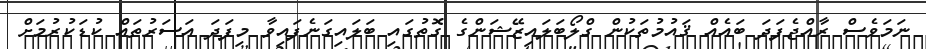
ނަމަވެސް ރާއްޖެފަދަ ބައެއް ޤައުމުތަކުން ގްލޯބަލައިޒޭޝަންގެ ގޮތުގައި ބަލައިގަނެފައިވާ މިފަދަ އަސަރުތައް ކުޑަކުރުމަށް